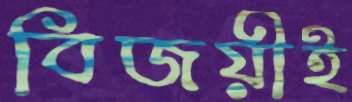
বিজয়ীই